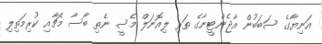
އަނިޔާގެ ސަބަބުން އާޖެންޓީނާގެ ތަރި ލިއޮނަލް މެސީ ނެތި ބާސާ މެޗާއި ކުރިމަތިލި